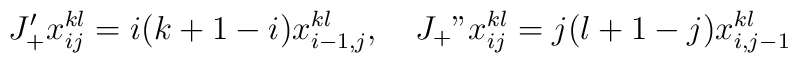
J_+'x_{ij}^{kl}=i (k+1-i)x_{i -1,j}^{kl},\quad  J_+"x_{ij}^{kl}=j (l+1-j)x_{i,j -1}^{kl}